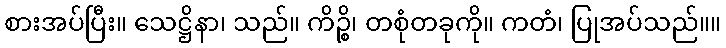
စားအပ်ပြီး။ သေဋ္ဌိနာ၊ သည်။ ကိဉ္စိ၊ တစုံတခုကို။ ကတံ၊ ပြုအပ်သည်။။